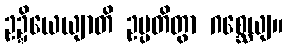
ဥဍ္ဍိယေယျာတိ ဥပ္ပတိတွာ ဂစ္ဆေယျ။